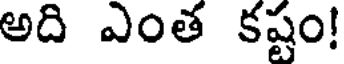
అది ఎంత కష్టం!